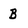
Character: B